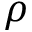
\rho